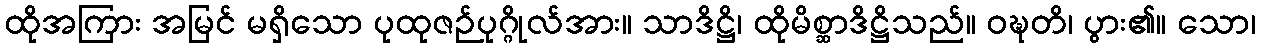
ထိုအကြား အမြင် မရှိသော ပုထုဇဉ်ပုဂ္ဂိုလ်အား။ သာဒိဋ္ဌိ၊ ထိုမိစ္ဆာဒိဋ္ဌိသည်။ ဝဍ္ဎတိ၊ ပွား၏။ သော၊